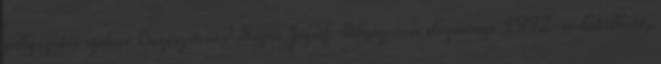
pályázatát szóban kiegészíteni? Sajni József: Pályázatom előzménye 1992-re datálható,